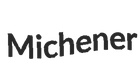
Michener